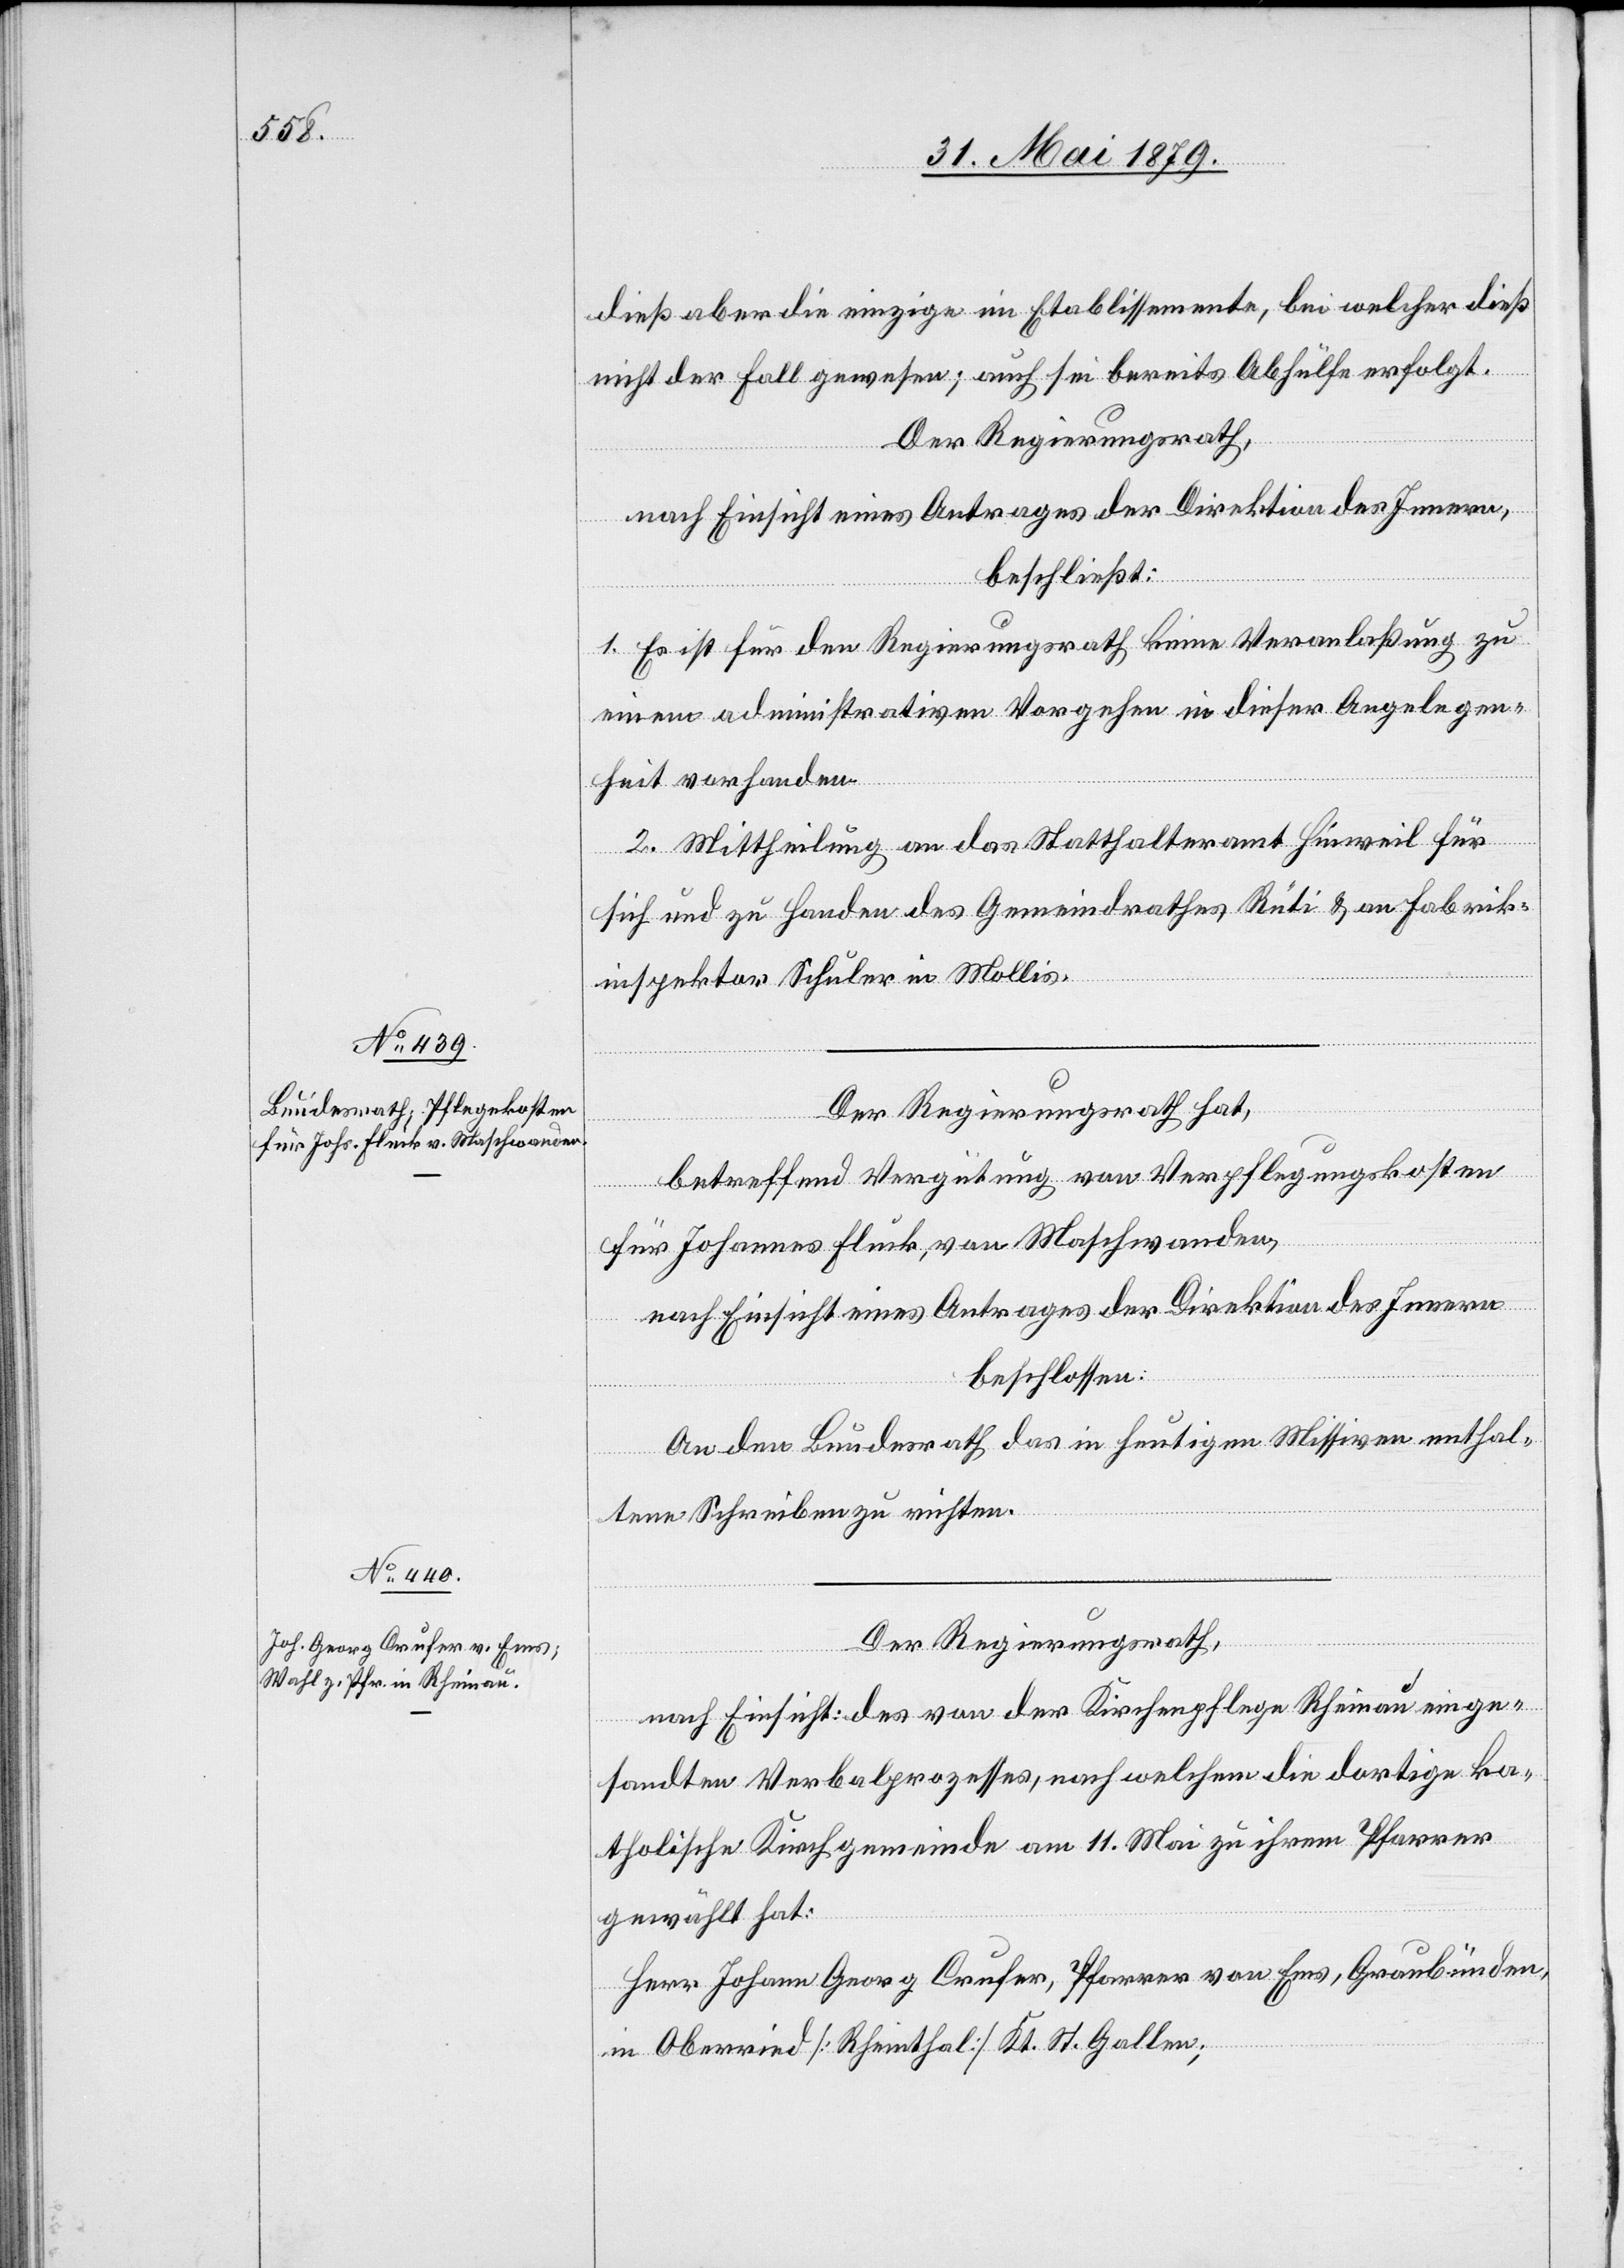
dieß aber die einzige im Etablissemente, bei welcher dieß
nicht der Fall gewesen; auch sei bereits Abhülfe erfolgt.
Der Regierungsrath,
nach Einsicht eines Antrages der Direktion des Innern,
beschließt:
1. Es ist für den Regierungsrath keine Veranlaßung zu
einem administrativen Vorgehen in dieser Angelegen¬
heit vorhanden.
2. Mittheilung an das Statthalteramt Hinweil für
sich und zu Handen des Gemeindrathes Rüti & an Fabrik¬
inspektor Schuler in Mollis.
Der Regierungsrath hat,
betreffend Vergütung von Verpflegungskosten
für Johannes Fluck, von Maschwanden,
nach Einsicht eines Antrages der Direktion des Innern
beschlossen:
An den Bundesrath das in heutigen Missiven enthal¬
tene Schreiben zu richten.
Der Regierungsrath,
nach Einsicht des von der Kirchenpflege Rheinau einge¬
sandten Verbalprozesses, nach welchem die dortige ka¬
tholische Kirchgemeinde am 11. Mai zu ihrem Pfarrer
gewählt hat:
Herr Johann Georg Crufer, Pfarrer von Ems, Graubünden,
in Oberried [Rheinthal] Kt. St. Gallen;